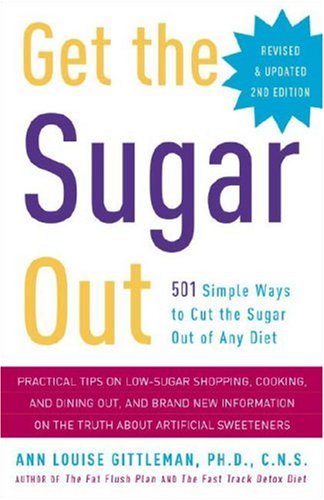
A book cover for Get the Sugar Out, Revised and Updated 2nd Edition: 501 Simple Ways to Cut the Sugar Out of Any Diet; Ann Louise Gittleman; Cookbooks, Food & Wine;